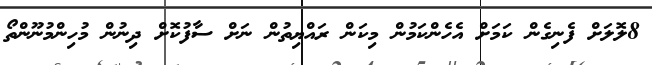
8ލޮލަށް ފެނިގެން ކަމަށް އެހެންކަމުން މިކަން ރައްޔިތުން ނަށް ސާފުކޮށް ދިނުން މުހިންމުނޫންތޯ